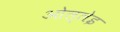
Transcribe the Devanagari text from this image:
ओल्लेइ